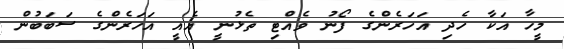
މީހާ އަކާ ހެދި އަހަރެންގެ ފޯނު ވެއްޓި ތެޅުނީ އެއީ އަހަރެންގެ ސަބަބުން